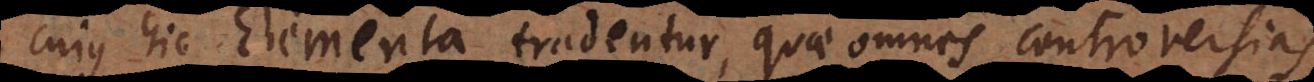
cujus hic Elementa tradentur, quae omnes controversias